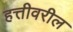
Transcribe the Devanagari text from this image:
हत्तीवरील